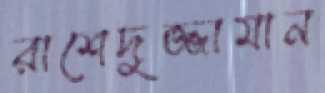
রাশেদুজ্জামান